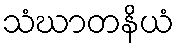
သံဃာတနိယံ